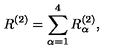
R ^ { ( 2 ) } = \sum _ { \alpha = 1 } ^ { 4 } R _ { \alpha } ^ { ( 2 ) } ,